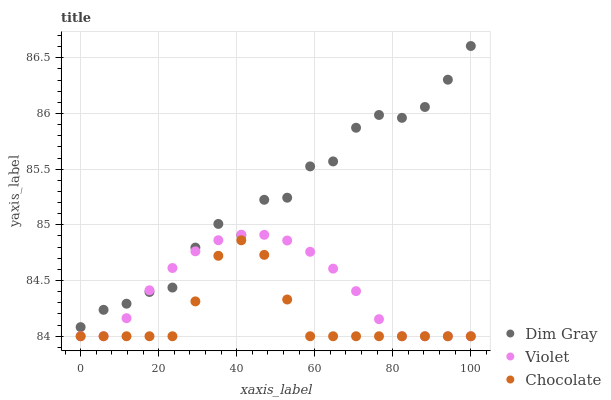
| xaxis_label | Dim Gray | Violet | Chocolate |
 | --- | --- | --- | --- |
 | 0 | 84.1 | 84 | 84 |
 | 5.88 | 84.2 | 84 | 84 |
 | 11.8 | 84.3 | 84.2 | 84 |
 | 17.6 | 84.4 | 84.4 | 84 |
 | 23.5 | 84.4 | 84.6 | 84 |
 | 29.4 | 84.8 | 84.8 | 84.3 |
 | 35.3 | 85 | 84.9 | 84.7 |
 | 41.2 | 84.9 | 84.9 | 84.9 |
 | 47.1 | 85.2 | 84.9 | 84.7 |
 | 52.9 | 85.2 | 84.9 | 84.3 |
 | 58.8 | 85.5 | 84.8 | 84 |
 | 64.7 | 85.6 | 84.6 | 84 |
 | 70.6 | 85.9 | 84.4 | 84 |
 | 76.5 | 86 | 84.2 | 84 |
 | 82.4 | 86 | 84 | 84 |
 | 88.2 | 86.1 | 84 | 84 |
 | 94.1 | 86.3 | 84 | 84 |
 | 100 | 86.6 | 84 | 84 |